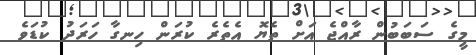
މީގެ ސަބަބުން ރާއްޖެ އަށް ތެޔޮ އެތެރެ ކުރަން ހިނގާ ހަރަދު ކުޑަވެ